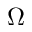
\Omega